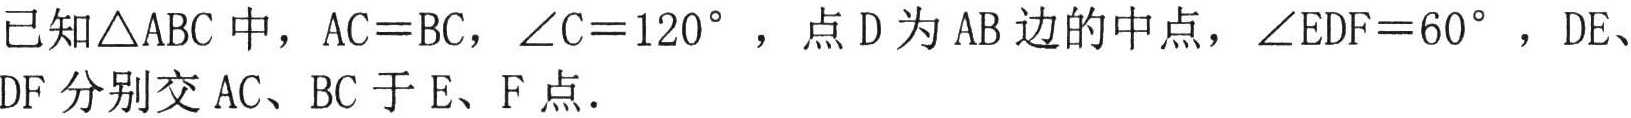
已知\(\triangle ABC\)中，\(AC = BC\)，\(\angle C = 120^{\circ}\) ，点\(D\)为\(AB\)边的中点，\(\angle EDF = 60^{\circ}\) ，\(DE\)、\(DF\)分别交\(AC\)、\(BC\)于\(E\)、\(F\)点．